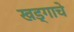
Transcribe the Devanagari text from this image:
खड्गाचे